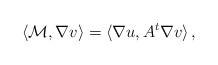
LaTeX: \begin{align*}\langle\mathcal{M},\nabla v\rangle=\langle\nabla u,A^t\nabla v\rangle\, ,\end{align*}